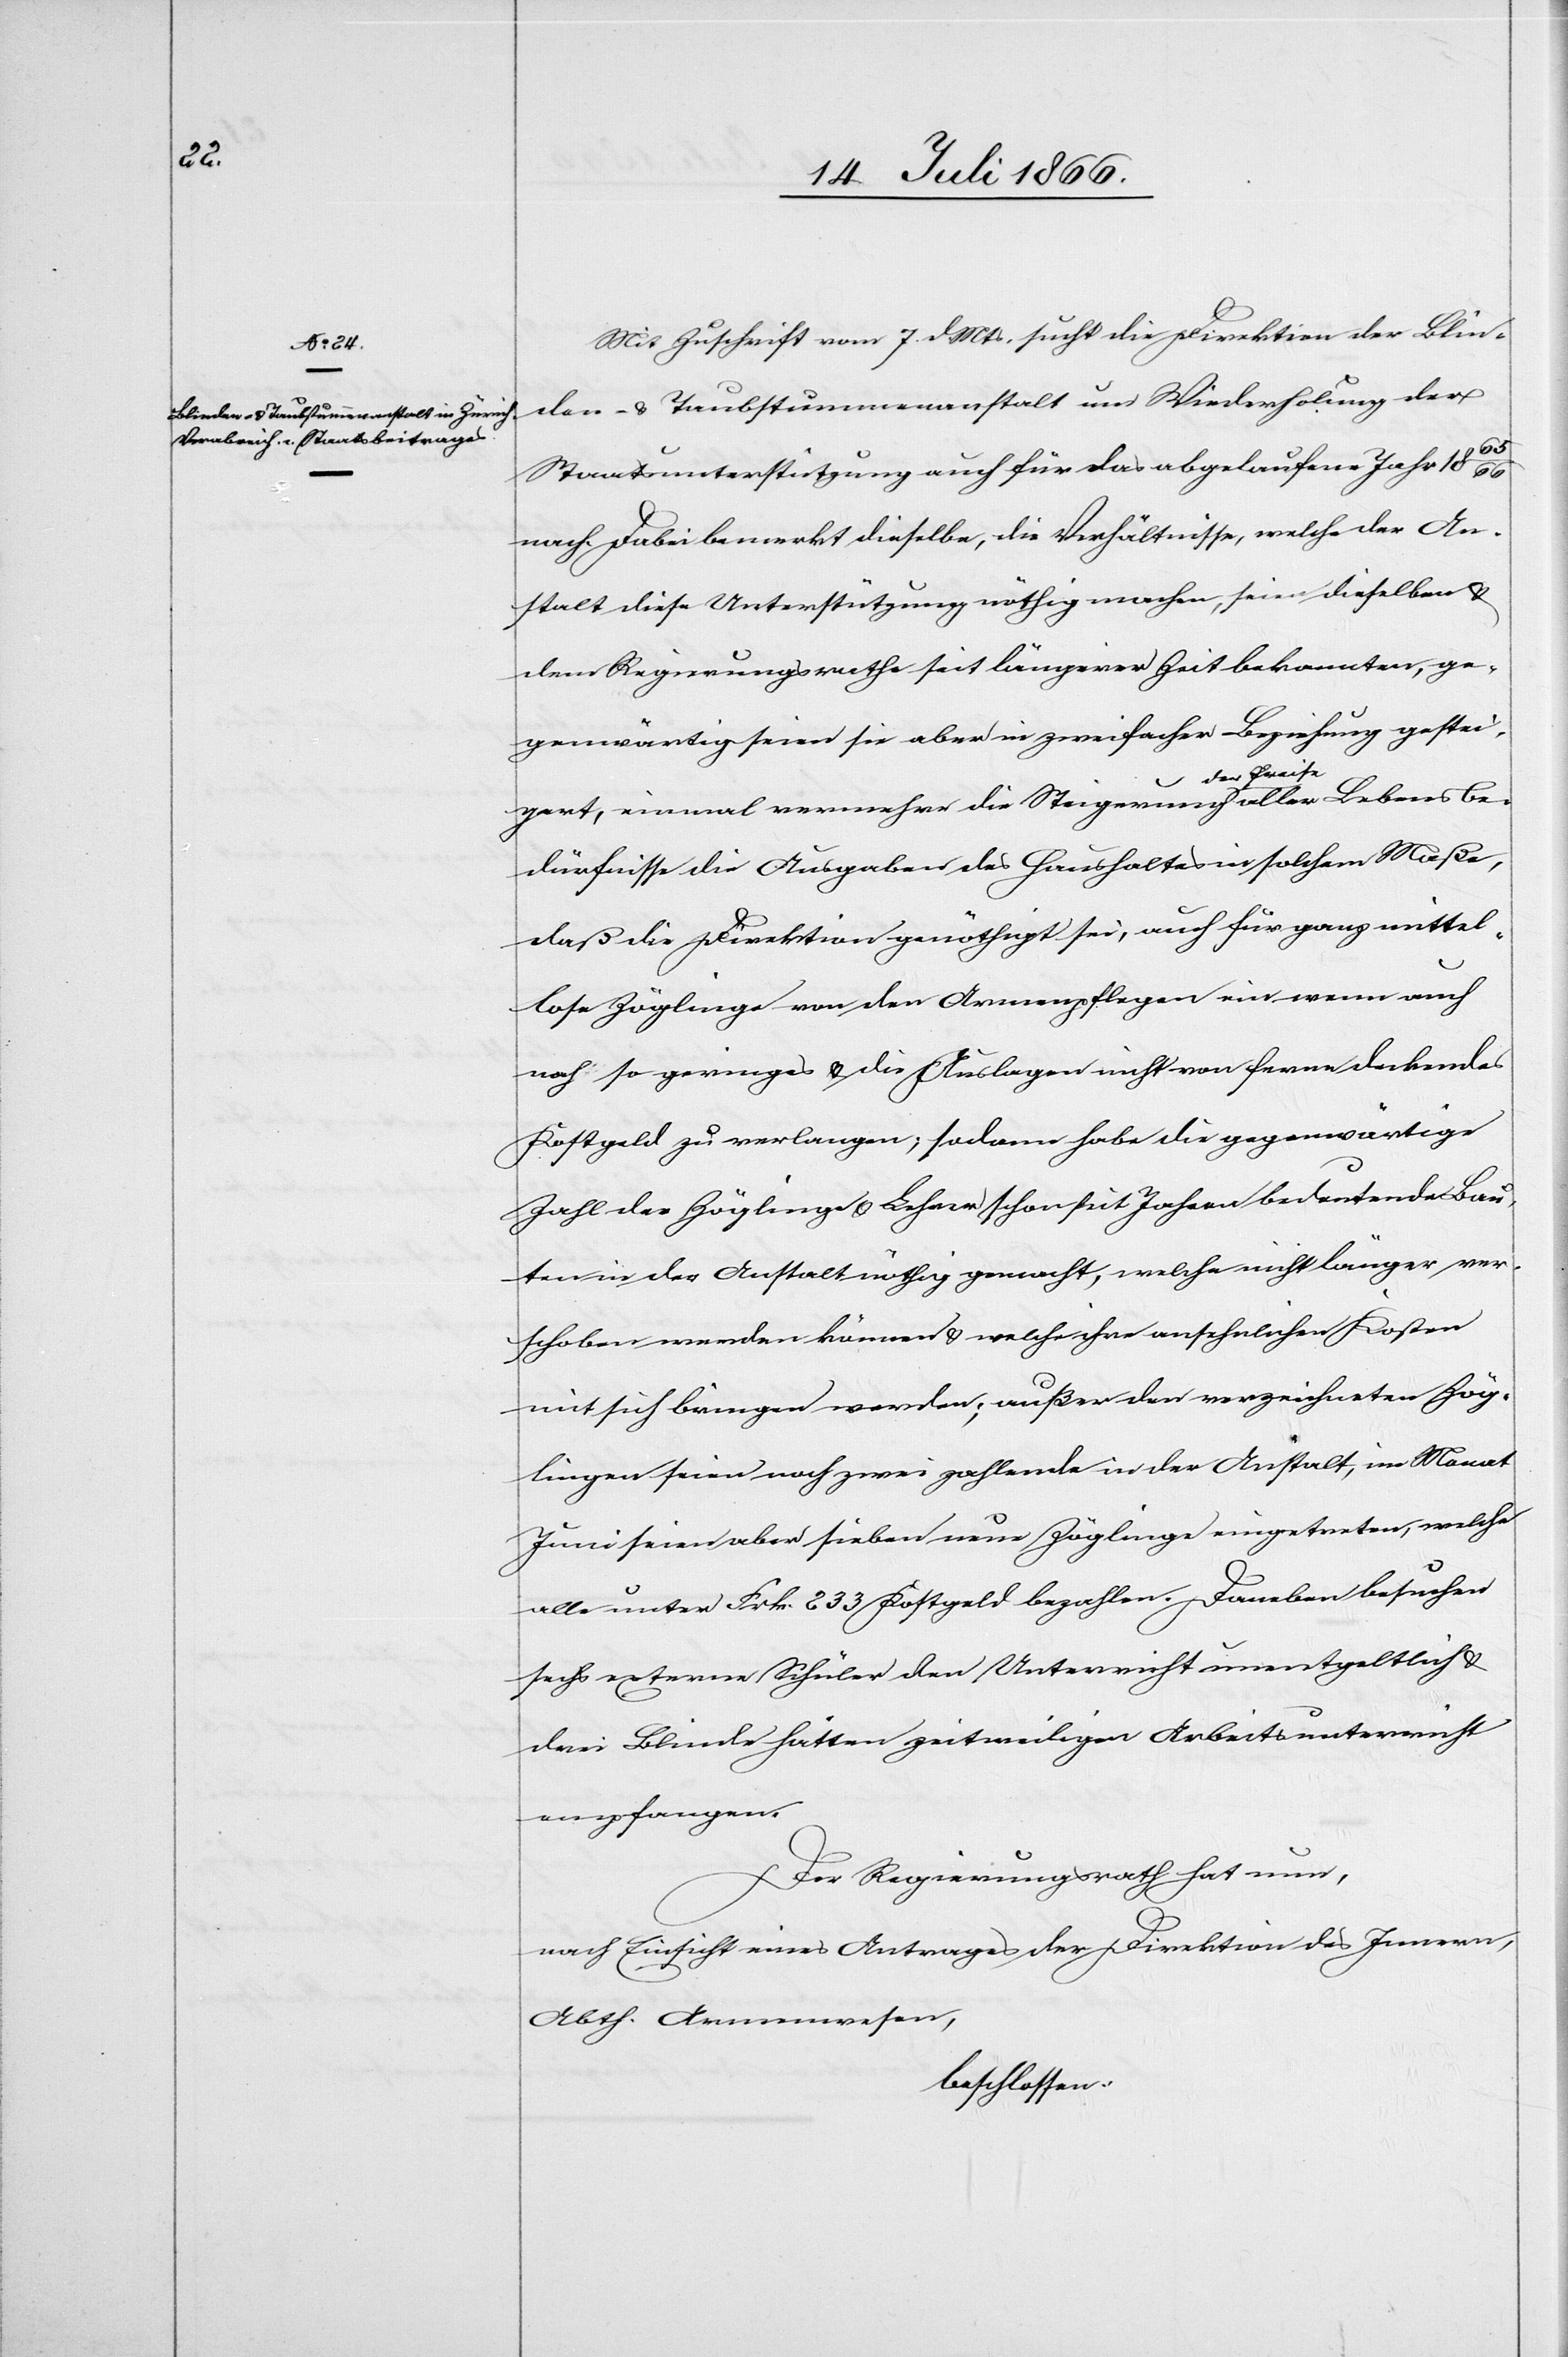
Abth.

Mit Zuschrift vom 7. d. Mts. sucht die Direktion der Blin¬
den- u. Taubstummenanstalt um Wiederholung der
Staatsunterstützung auch für das abgelaufene Jahr 1865/66
nach. Dabei bemerkt dieselbe, die Verhältnisse, welche der An¬
stalt diese Unterstützung nöthig machen, seien dieselben u.
dem Regierungsrathe seit längerer Zeit bekannten, ge¬
genwärtig seien sie aber in zweifacher Beziehung gestei¬
gert, einmal vermehre die Steigerung der Preise aller Lebensbe¬
dürfnisse die Ausgaben des Haushaltes in solchem Maße,
daß die Direktion genöthigt sei, auch für ganz mittel¬
lose Zöglinge von den Armenpflegen ein wenn auch
noch so geringes u. die Auslagen nicht von ferne deckendes
Kostgeld zu verlangen; sodann habe die gegenwärtige
Zahl der Zöglinge u. Lehrer schon seit Jahren bedeutende Bau¬
ten in der Anstalt nöthig gemacht, welche nicht länger ver¬
schoben werden können u. welche ihre ansehnlichen Kosten
mit sich bringen werden; außer den verzeichneten Zög¬
lingen seien noch zwei zahlende in der Anstalt, im Monat
Juni seien aber sieben neue Zöglinge eingetreten, welche
alle unter Frk. 233 Kostgeld bezahlen. Daneben besuchen
sechs externe Schüler den Unterricht unentgeltlich u.
drei Blinde hätten zeitweiligen Arbeitsunterricht
empfangen.
Der Regierungsrath hat nun,
nach Einsicht eines Antrages der Direktion des Innern,
beschlossen: